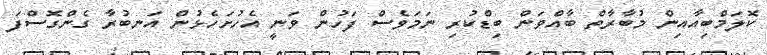
ކޮލަމްބިއާއިން މުބާރާތް ބާއްވަން ބިޑްކުރި ނަމަވެސް ފަހުން ވަނީ އެހުށަހެޅުން އަނބުރާ ގެންގޮސްފަ